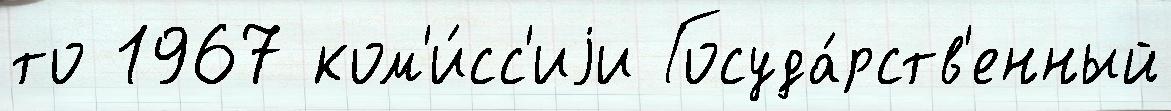
то 1967 ком'и́сс'иjи Госуда́рств'енный